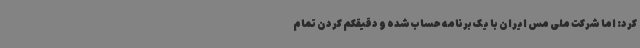
کرد: اما شرکت ملی مس ایران با یک برنامه حساب‌شده و دقیقکم کردن تمام